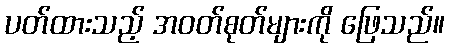
ပတ်ထားသည့် အဝတ်စုတ်များကို ဖြေသည်။